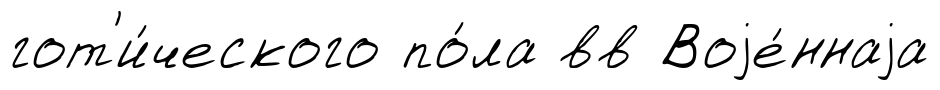
гот'и́ческого по́ла вв Воjе́ннаjа